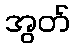
အွတ်